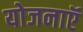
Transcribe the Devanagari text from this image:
योजनाऍं